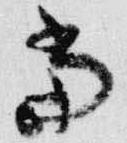
当